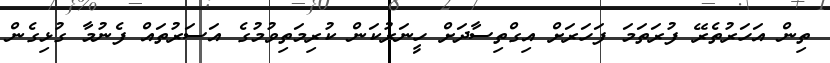
ތިން އަހަރުތެރޭ ފުރަތަމަ ފަހަރަށް އިގްތިސާދަށް ހީނަރުކަން ކުރިމަތިވުމުގެ އަސަރުތައް ފެނުމާ ގުޅިގެން